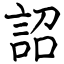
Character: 詔